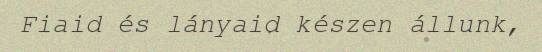
Fiaid és lányaid készen állunk,